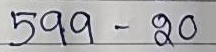
599 - 20